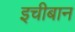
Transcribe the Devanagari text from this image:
इचीबान